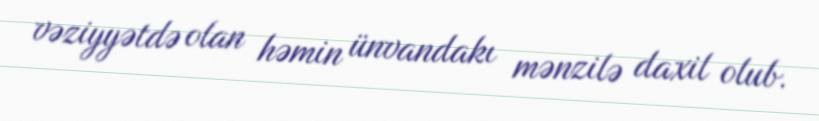
vəziyyətdə olan həmin ünvandakı mənzilə daxil olub.